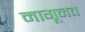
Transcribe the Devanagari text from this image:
मागूनच